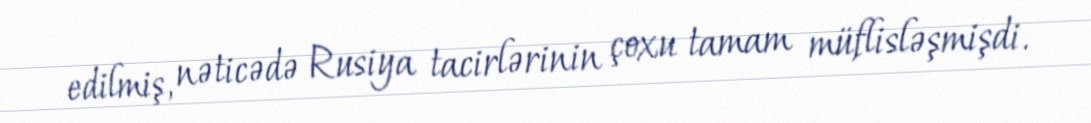
edilmiş, nəticədə Rusiya tacirlərinin çoxu tamam müflisləşmişdi.